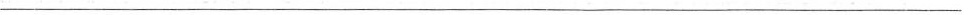
___